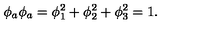
\phi _ { a } \phi _ { a } = \phi _ { 1 } ^ { 2 } + \phi _ { 2 } ^ { 2 } + \phi _ { 3 } ^ { 2 } = 1 .